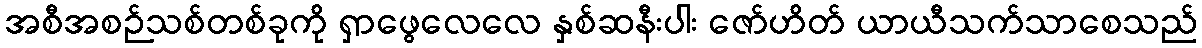
အစီအစဉ်သစ်တစ်ခုကို ရှာဖွေလေလေ နှစ်ဆနီးပါး ဇော်ဟိတ် ယာယီသက်သာစေသည်